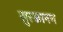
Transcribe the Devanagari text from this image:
सुरकानन